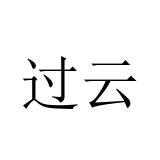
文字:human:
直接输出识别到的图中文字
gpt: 过云